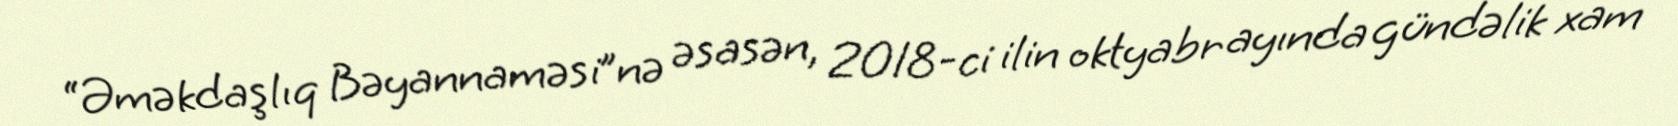
“Əməkdaşlıq Bəyannaməsi”nə əsasən, 2018-ci ilin oktyabr ayında gündəlik xam